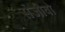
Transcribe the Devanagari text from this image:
संजीवो